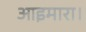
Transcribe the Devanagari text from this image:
आइमारा।